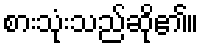
စားသုံးသည်ဆို၏။